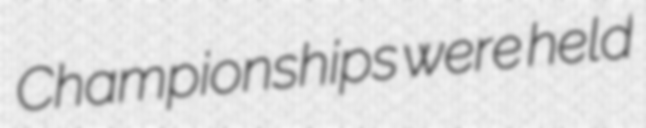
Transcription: Championships were held